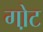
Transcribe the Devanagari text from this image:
गो़ट